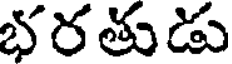
భరతుడు